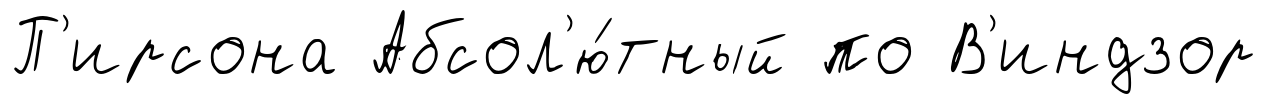
П'ирсона Абсол'ю́тный по В'индзор